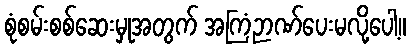
စုံစမ်းစစ်ဆေးမှုအတွက် အကြံဉာဏ်ပေးမလို့ပေါ့။